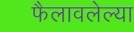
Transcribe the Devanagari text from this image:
फैलावलेल्या